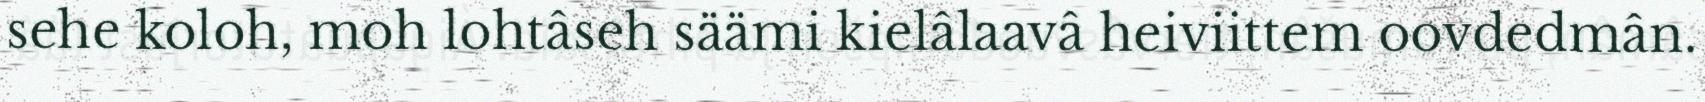
sehe koloh, moh lohtâseh säämi kielâlaavâ heiviittem oovdedmân.